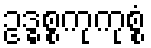
ဥဒ္ဓစ္စကုကုစ္စံ